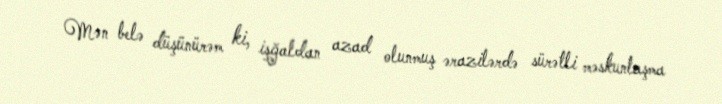
Mən belə düşünürəm ki, işğaldan azad olunmuş ərazilərdə sürətli məskunlaşma